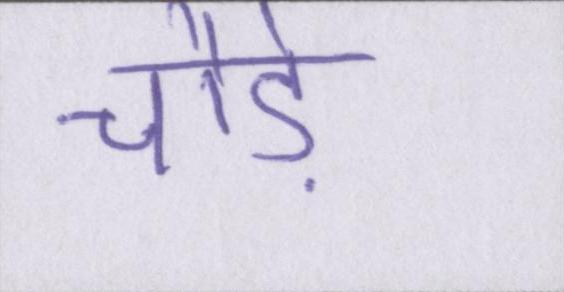
चौड़े